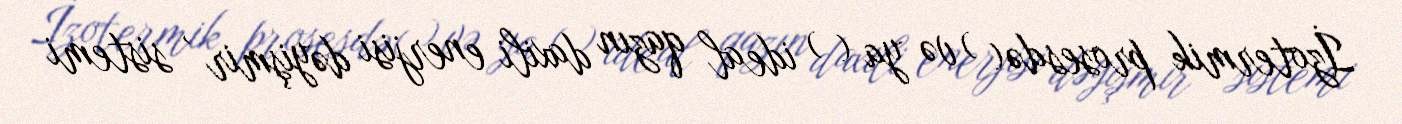
İzotermik prosesdə( ) və ya ( ) ideal qazın daxili enerjisi dəyişmir , sistemi